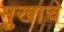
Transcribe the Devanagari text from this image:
मुखाचे